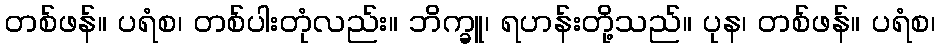
တစ်ဖန်။ ပရံစ၊ တစ်ပါးတုံလည်း။ ဘိက္ခူ၊ ရဟန်းတို့သည်။ ပုန၊ တစ်ဖန်။ ပရံစ၊